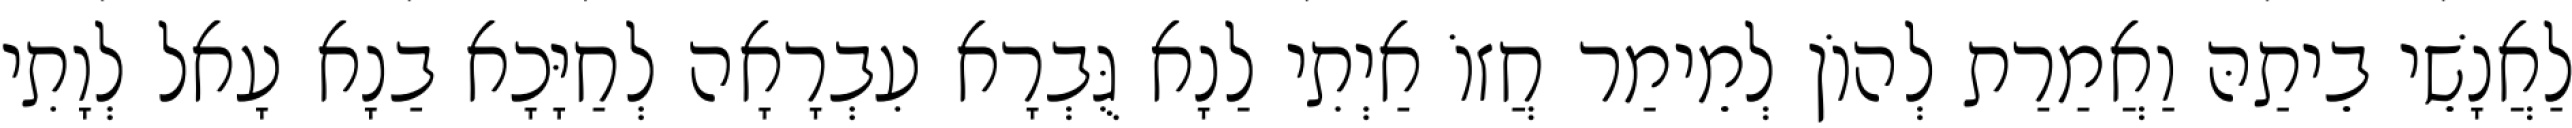
לַאֲנָשֵׁי בֵיתַהּ וַאֲמַרַת לְהוֹן לְמֵימַר חֲזוֹ אַיְתִי לַנָא גֻּבְרָא עִבְרָאָה לְחַיָּכָא בַנָא עָאל לְוָתִי